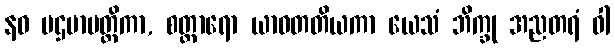
နဝ ပဌမာပတ္တိကာ, စတ္တာရော ယာဝတတိယကာ ယေသံ ဘိက္ခု အညတရံ ဝါ